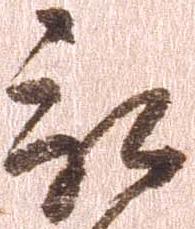
被